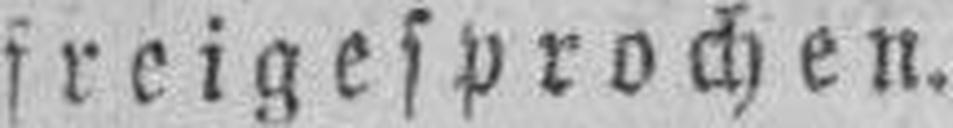
freigesprochen.